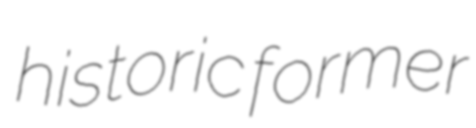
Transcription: historic former